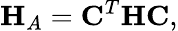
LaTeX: \mathbf{H}_{A}=\mathbf{C}^{T}\mathbf{H}\mathbf{C},